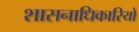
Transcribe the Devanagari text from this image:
शासनाधिकारियों